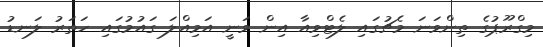
މިގްރޫޕުގެ ތިންވަނަ މެޗުގައި ލެޓްވިއާ އިން ވަނީ އަމިއްލަ ގައުމުގައި ހަތަރު ލަނޑު